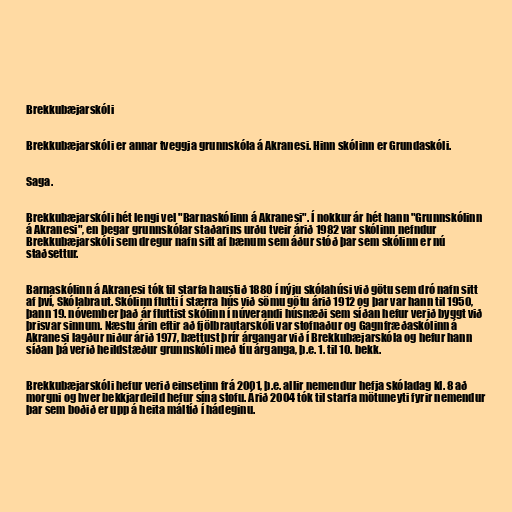
Brekkubæjarskóli

Brekkubæjarskóli er annar tveggja grunnskóla á Akranesi. Hinn skólinn er Grundaskóli.

Saga.

Brekkubæjarskóli hét lengi vel "Barnaskólinn á Akranesi". Í nokkur ár hét hann "Grunnskólinn
á Akranesi", en þegar grunnskólar staðarins urðu tveir árið 1982 var skólinn nefndur
Brekkubæjarskóli sem dregur nafn sitt af bænum sem áður stóð þar sem skólinn er nú
staðsettur.

Barnaskólinn á Akranesi tók til starfa haustið 1880 í nýju skólahúsi við götu sem dró nafn sitt
af því, Skólabraut. Skólinn flutti í stærra hús við sömu götu árið 1912 og þar var hann til 1950,
þann 19. nóvember það ár fluttist skólinn í núverandi húsnæði sem síðan hefur verið byggt við
þrisvar sinnum. Næstu árin eftir að fjölbrautarskóli var stofnaður og Gagnfræðaskólinn á
Akranesi lagður niður árið 1977, bættust þrír árgangar við í Brekkubæjarskóla og hefur hann
síðan þá verið heildstæður grunnskóli með tíu árganga, þ.e. 1. til 10. bekk.

Brekkubæjarskóli hefur verið einsetinn frá 2001, þ.e. allir nemendur hefja skóladag kl. 8 að
morgni og hver bekkjardeild hefur sína stofu. Árið 2004 tók til starfa mötuneyti fyrir nemendur
þar sem boðið er upp á heita máltíð í hádeginu.